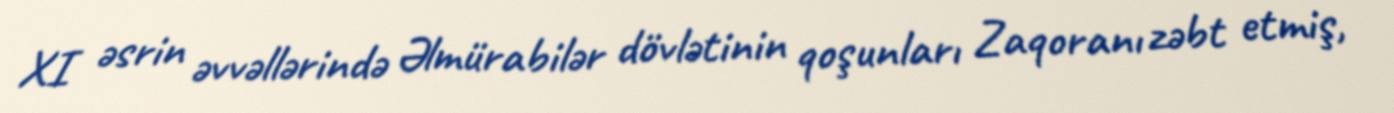
XI əsrin əvvəllərində Əlmürabilər dövlətinin qoşunları Zaqoranı zəbt etmiş,